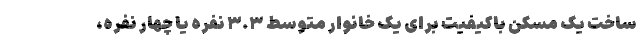
ساخت یک مسکن باکیفیت برای یک خانوار متوسط ۳.۳ نفره یا چهار نفره،